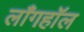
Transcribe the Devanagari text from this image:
लाँगहॉल